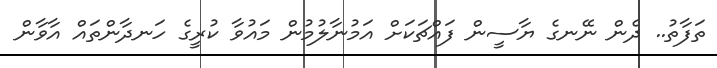
ތަފާތު.. ދެން ނޭނގެ ޔާސީން ފައްޗަކަށް އަމުނާލުމުން މައުވާ ކުރީގެ ހަނދާންތައް އާވާން